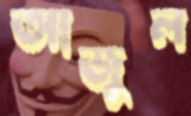
আজুল